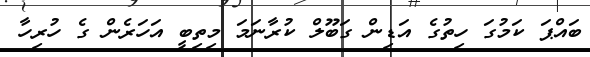
ބައްޕަ ކަމުގަ ހިތުގެ އަޑިން ގަބޫލް ކުރާނަމަ މިތިބީ އަހަރެން ގެ ހުރިހާ